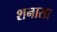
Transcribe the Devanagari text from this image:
शनासा